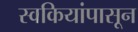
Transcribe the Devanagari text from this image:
स्वकियांपासून